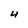
Character: 4